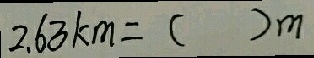
2 . 6 3 k m = ( ) m